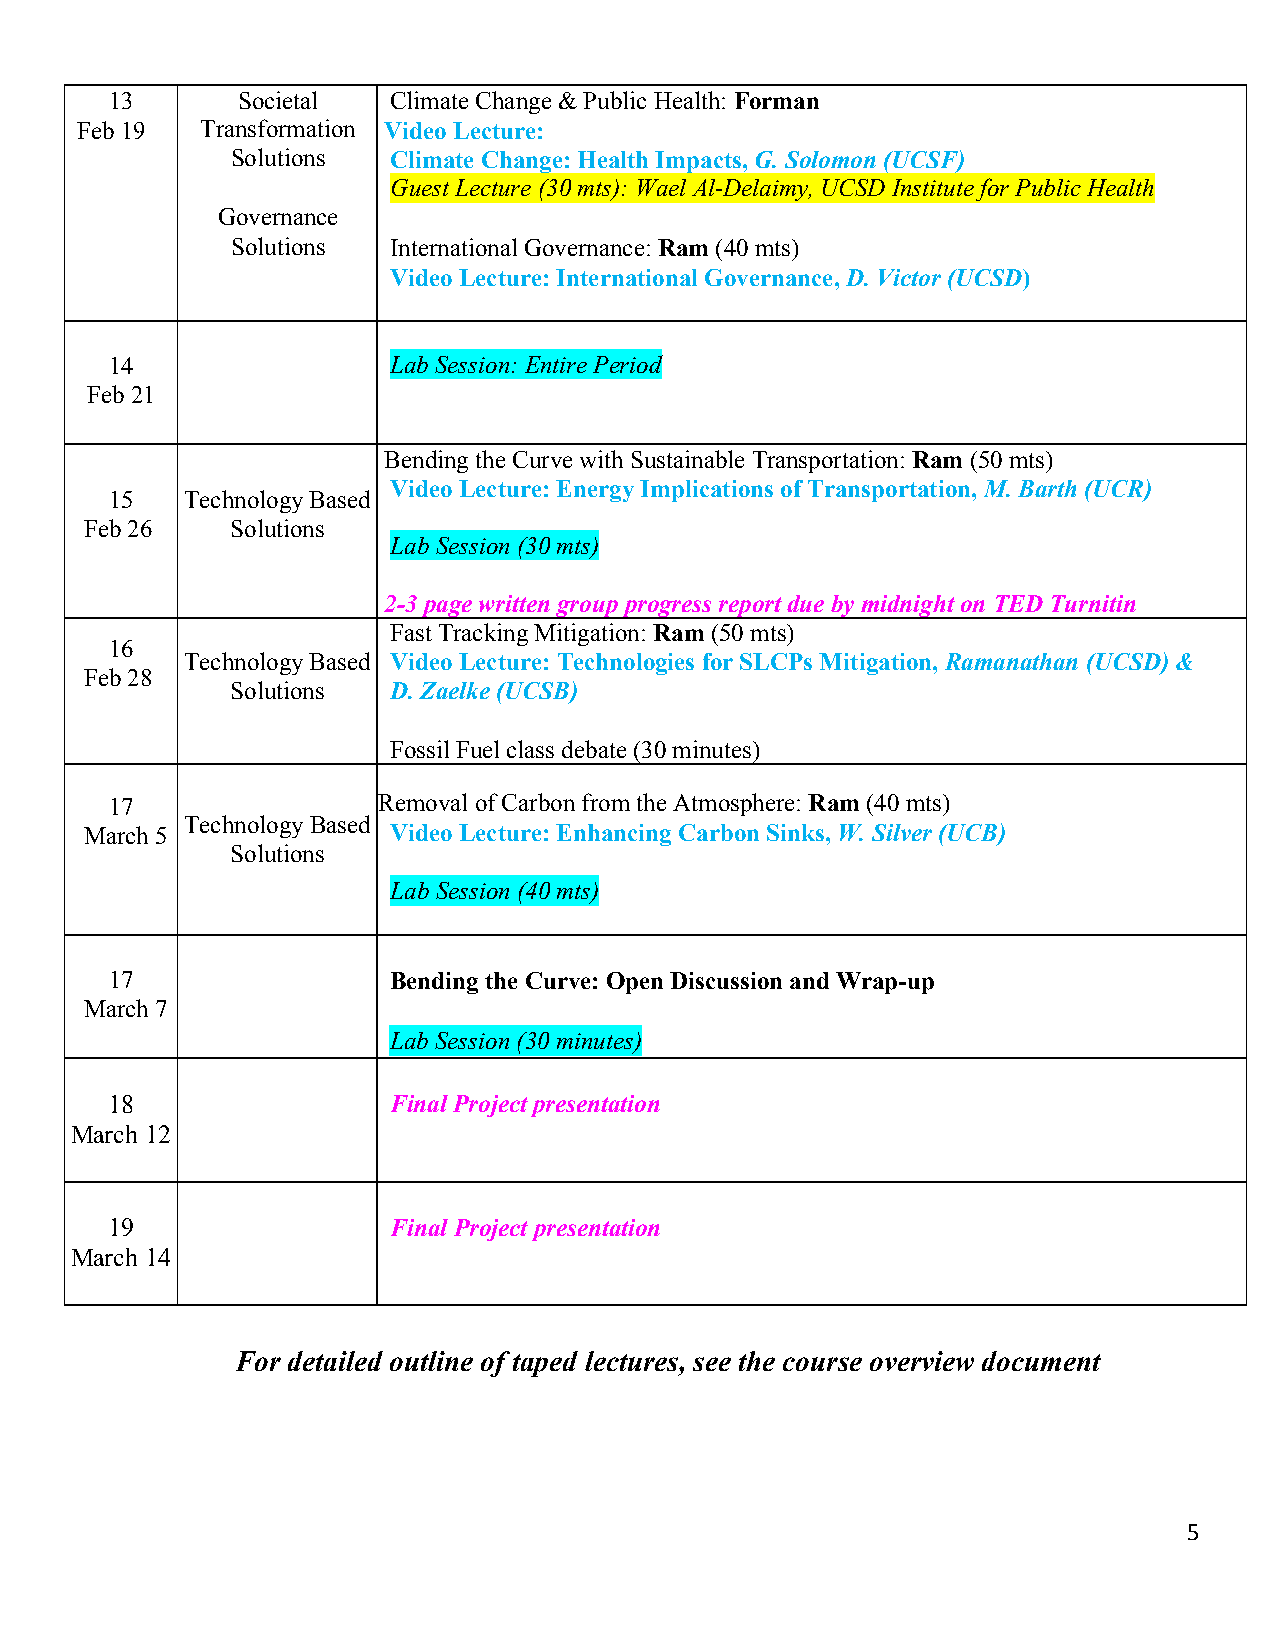
13       Societal  Climate Change & Public Health: Forman
 Feb 19  Transformation Video Lecture:
 Solutions  Climate Change: Health Impacts, G. Solomon (UCSF)
 Guest Lecture (30 mts): Wael Al-Delaimy, UCSD Institute for Public Health
 Governance
 Solutions  International Governance: Ram (40 mts)
 Video Lecture: International Governance, D. Victor (UCSD)
 14                 Lab Session: Entire Period
 Feb 21
 Bending the Curve with Sustainable Transportation: Ram (50 mts)
 Video Lecture: Energy Implications of Transportation, M. Barth (UCR)
 15   Technology Based
 Feb 26   Solutions
 Lab Session (30 mts)
 2-3 page written group progress report due by midnight on TED Turnitin
 Fast Tracking Mitigation: Ram (50 mts)
 16
 Technology Based Video Lecture: Technologies for SLCPs Mitigation, Ramanathan (UCSD) &
 Feb 28
 Solutions  D. Zaelke (UCSB)
 Fossil Fuel class debate (30 minutes)
 17                Removal of Carbon from the Atmosphere: Ram (40 mts)
 Technology Based
 March 5             Video Lecture: Enhancing Carbon Sinks, W. Silver (UCB)
 Solutions
 Lab Session (40 mts)
 17                 Bending the Curve: Open Discussion and Wrap-up
 March 7
 Lab Session (30 minutes)
 18                 Final Project presentation
 March 12
 19                 Final Project presentation
 March 14
 For detailed outline of taped lectures, see the course overview document
 5